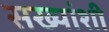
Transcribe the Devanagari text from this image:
सख्यांशी